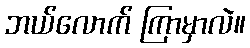
ဘယ်လောက် ကြာမှာလဲ။